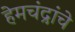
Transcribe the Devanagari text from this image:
हेमचंद्रांचे